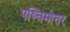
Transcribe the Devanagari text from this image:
पष्चिमोत्तर